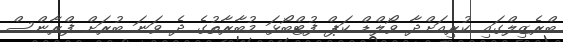
ބްރެޒިލްގައި ކުރިއަށްދާ ވޯލްޑް ކަޕް ފުޓްބޯޅަ މުބާރާތުގެ ދެ ވަނަ ބުރަށް ފްރާންސް